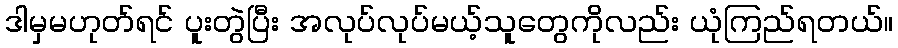
ဒါမှမဟုတ်ရင် ပူးတွဲပြီး အလုပ်လုပ်မယ့်သူတွေကိုလည်း ယုံကြည်ရတယ်။